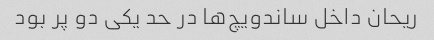
ریحان داخل ساندویچ‌ها در حد یکی دو پر بود